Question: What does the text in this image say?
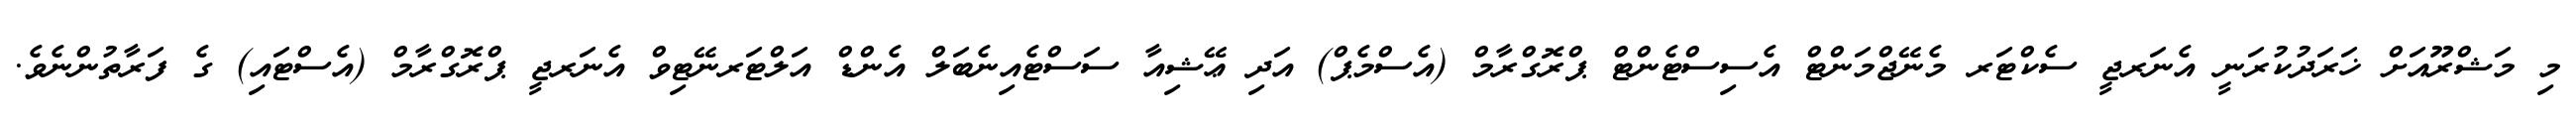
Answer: މި މަޝްރޫއަށް ޚަރަދުކުރަނީ އެނަރޖީ ސެކްޓަރ މެނޭޖްމަންޓް އެސިސްޓެންޓް ޕްރޮގްރާމް (އެސްމެޕް) އަދި ޢޭޝިއާ ސަސްޓެއިނެބަލް އެންޑް އަލްޓަރނޭޓިވް އެނަރޖީ ޕްރޮގްރާމް (އެސްޓައި) ގެ ފަރާތުންނެވެ.